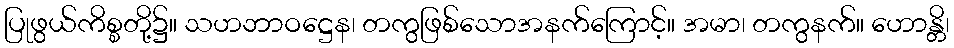
ပြုဖွယ်ကိစ္စတို့၌။ သဟဘာဝဋ္ဌေန၊ တကွဖြစ်သောအနက်ကြောင့်။ အမာ၊ တကွနက်။ ဟောန္တိ၊